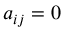
a _ { i j } = 0